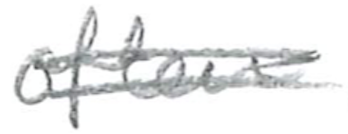
Text: often
Cross-out: double-line
Writing tool: pencil